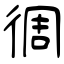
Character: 徟